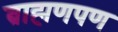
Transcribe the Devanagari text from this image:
ब्राह्मणपण